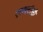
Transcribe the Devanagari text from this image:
एसएटीसी